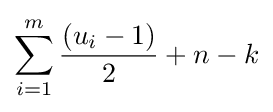
\sum _{i=1}^{m}{\frac {(u_{i}-1)}{2}}+n-k